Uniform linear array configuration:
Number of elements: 4
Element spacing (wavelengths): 0.75
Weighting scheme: uniform
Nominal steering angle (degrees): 0
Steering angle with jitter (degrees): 1.397
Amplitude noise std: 0.05
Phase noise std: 0.05

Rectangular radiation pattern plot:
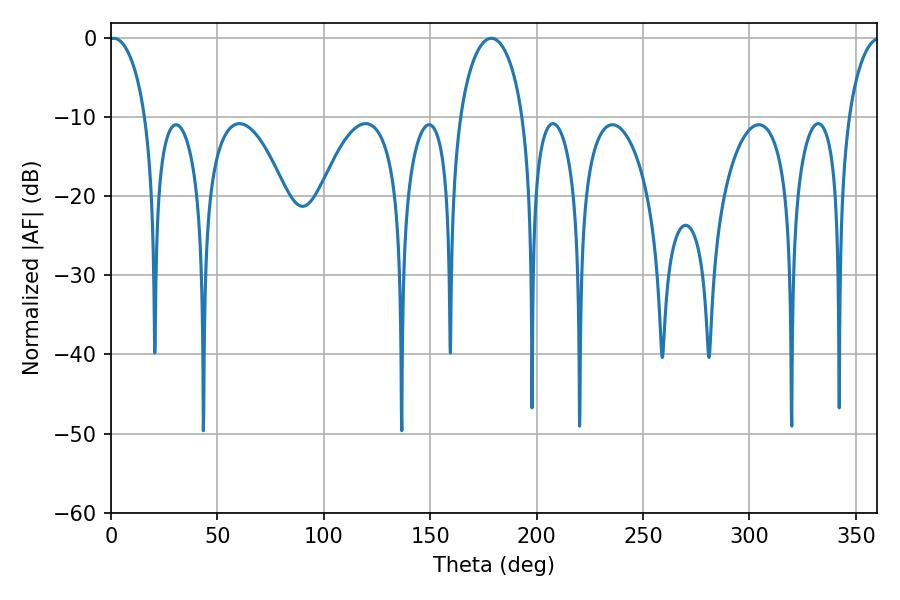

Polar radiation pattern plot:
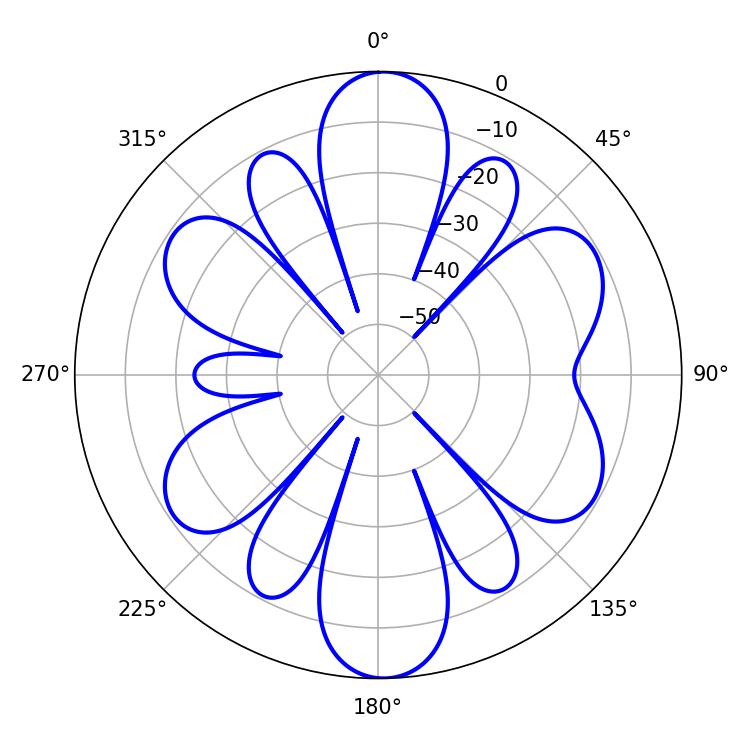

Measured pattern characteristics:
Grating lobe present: TRUE
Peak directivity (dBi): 18.323
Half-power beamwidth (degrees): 9.9
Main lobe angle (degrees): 1.26